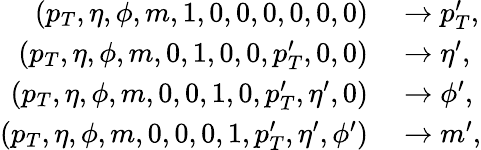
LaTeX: \begin{array}{rl}{(p_{T},\eta,\phi,m,1,0,0,0,0,0,0)}&{{}\rightarrow p_{T}^{\prime},}\\ {(p_{T},\eta,\phi,m,0,1,0,0,p_{T}^{\prime},0,0)}&{{}\rightarrow\eta^{\prime},}\\ {(p_{T},\eta,\phi,m,0,0,1,0,p_{T}^{\prime},\eta^{\prime},0)}&{{}\rightarrow\phi^{\prime},}\\ {(p_{T},\eta,\phi,m,0,0,0,1,p_{T}^{\prime},\eta^{\prime},\phi^{\prime})}&{{}\rightarrow m^{\prime},}\end{array}